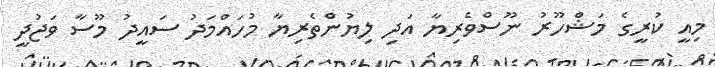
މިއީ ކުރީގެ މަޝްހޫރު ނޫސްވެރިޔާ އަދި ލިޔުންތެރިޔާ މުހައްމަދު ސައީދު މޫސާ ވަޖުދީ